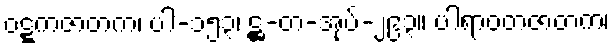
ဝဋ္ဋကဇာတက၊ ပါ-၁၅၃၊ ဋ္ဌ-တ-အုပ်-၂၉၃။ ပါရာဝတဇာတက၊